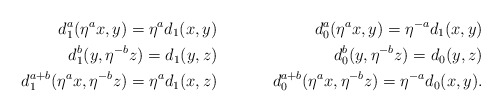
\begin{align*} d^{a}_1(\eta^a x, y)=\eta^a d_1( x,y ) &\quad& d^{a}_0(\eta^a x, y)=\eta^{-a} d_1(x,y)\\ d^{b}_1 (y,\eta^{-b}z) = d_{1}(y,z) &\quad& d^{b}_0 (y,\eta^{-b}z) = d_{0}(y,z)\\ d_{1}^{a+b}(\eta^a x, \eta^{-b}z) = \eta^a d_1(x,z) &\quad& d_{0}^{a+b}(\eta^a x, \eta^{-b}z) = \eta^{-a} d_0(x,y).\end{align*}